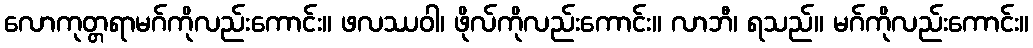
လောကုတ္တရာမဂ်ကိုလည်းကောင်း။ ဖလဿဝါ၊ ဖိုလ်ကိုလည်းကောင်း။ လာဘီ၊ ရသည်။ မဂ်ကိုလည်းကောင်း။